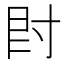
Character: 𡬠